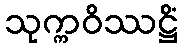
သုက္ကဝိဿဋ္ဌိံ